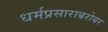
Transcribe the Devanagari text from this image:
धर्मप्रसाराबरोबर